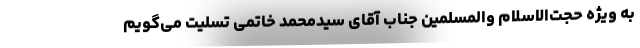
به ویژه حجت‌الاسلام والمسلمین جناب آقای سیدمحمد خاتمی تسلیت می‌گویم